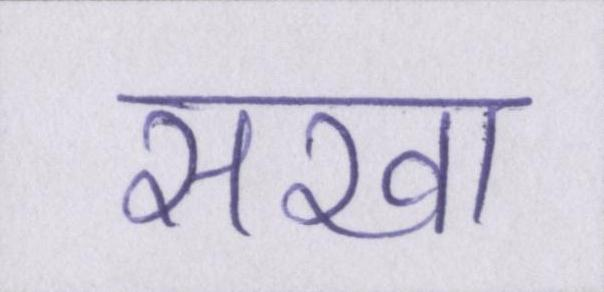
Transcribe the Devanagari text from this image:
सखा